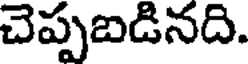
చెప్పబడినది.